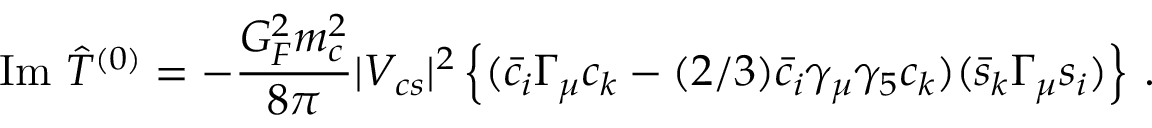
\mathrm { I m } \ { \hat { T } } ^ { ( 0 ) } = - \frac { G _ { F } ^ { 2 } m _ { c } ^ { 2 } } { 8 \pi } | V _ { c s } | ^ { 2 } \left\{ ( { \bar { c } } _ { i } \Gamma _ { \mu } c _ { k } - ( 2 / 3 ) { \bar { c } } _ { i } \gamma _ { \mu } \gamma _ { 5 } c _ { k } ) ( { \bar { s } } _ { k } \Gamma _ { \mu } s _ { i } ) \right\} \, .